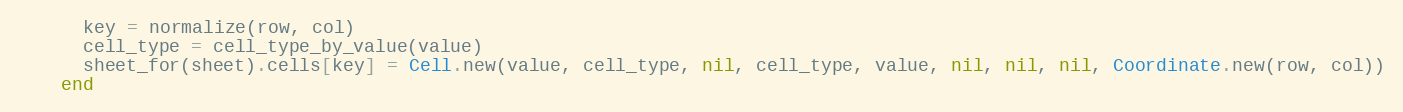
Language: Ruby
      key = normalize(row, col)
      cell_type = cell_type_by_value(value)
      sheet_for(sheet).cells[key] = Cell.new(value, cell_type, nil, cell_type, value, nil, nil, nil, Coordinate.new(row, col))
    end